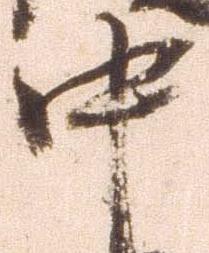
中